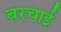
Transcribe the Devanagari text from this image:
बरचाई